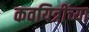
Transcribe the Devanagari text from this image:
कवयित्रींच्या